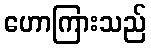
ဟောကြားသည်